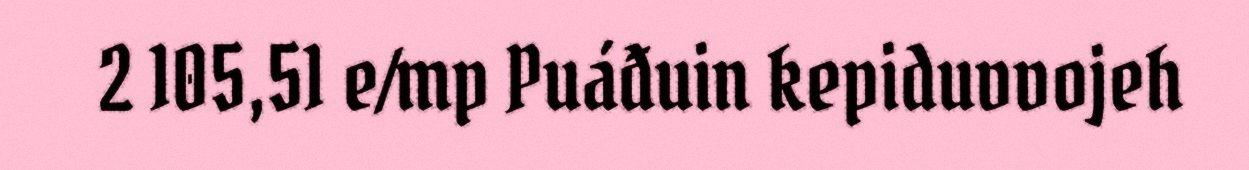
2 105,51 e/mp Puáđuin kepiduvvojeh